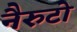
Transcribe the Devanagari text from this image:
नैरुटो